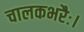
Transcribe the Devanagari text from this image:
चालकभरैः।